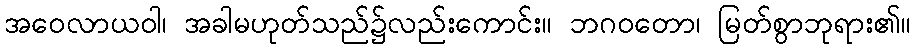
အဝေလာယဝါ၊ အခါမဟုတ်သည်၌လည်းကောင်း။ ဘဂဝတော၊ မြတ်စွာဘုရား၏။